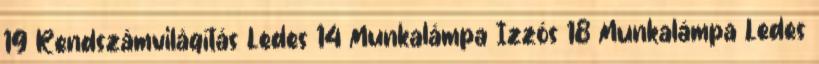
19 Rendszámvilágítás Ledes 14 Munkalámpa Izzós 18 Munkalámpa Ledes